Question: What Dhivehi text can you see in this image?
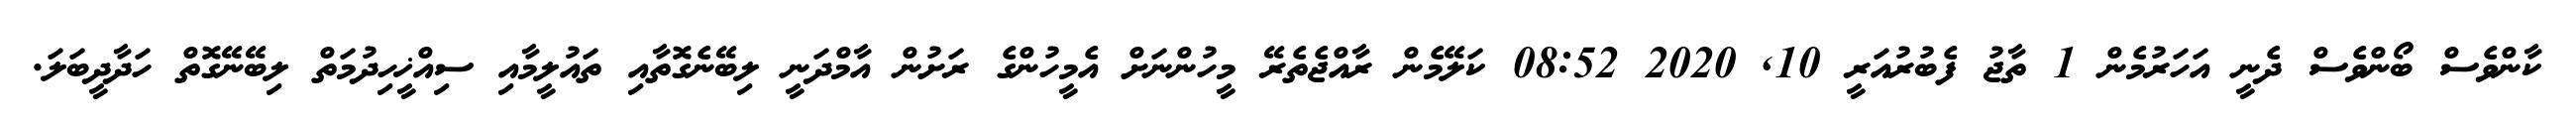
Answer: ކާންވެސް ބޯންވެސް ދެނީ އަހަރުމެން 1 ތާޖު ފެބުރުއަރީ 10, 2020 08:52 ކަލޭމެން ރާއްޖެތެރޭ މީހުންނަށް އެމީހުންގެ ރަށުން އާމްދަނީ ލިބޭނެގޮތާއި ތައުލީމާއި ސިއްޚީހިދުމަތް ލިބޭނޭގޮތް ހަދާދީބަލަ.